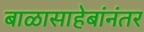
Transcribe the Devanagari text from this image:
बाळासाहेबांनंतर